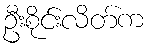
ဦးစိုင်းလိတ်က